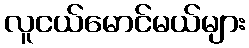
လူငယ်မောင်မယ်များ